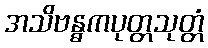
အသိဗန္ဓကပုတ္တသုတ္တံ